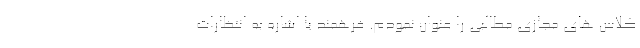
کلاس های مجازی مطالبی را عنوان نمودم. فرهمند با اشاره به انتظارات